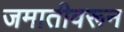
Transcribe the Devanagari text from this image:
जमातीवरून